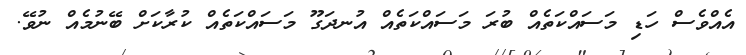
އެއްވެސް ހަޑި މަސައްކަތެއް ބުރަ މަސައްކަތެއް އުނދަގޫ މަސައްކަތެއް ކުރާކަށް ބޭނުމެއް ނުވޭ.